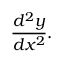
{ \frac { d ^ { 2 } y } { d x ^ { 2 } } } .